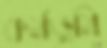
কর্মভূমি